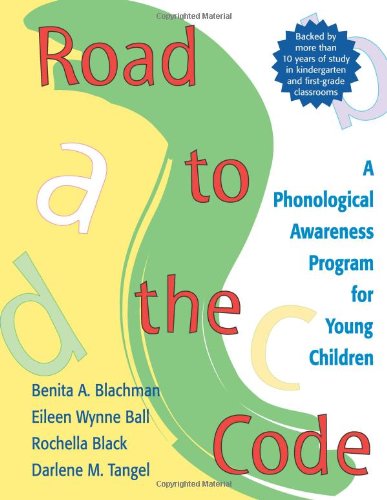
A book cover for Road to the Code: A Phonological Awareness Program for Young Children; Benita Blachman Ph.D.; Medical Books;